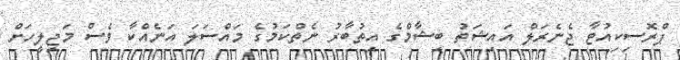
ޕްރޮސިކިއުޓާ ޖެނެރަލް އައިޝަތު ބިޝާމްގެ އިތުބާރު ނެތްކަމުގެ މައްސަލަ އަނެއްކާ ވެސް މަޖިލީހަށް